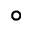
^ { \circ }